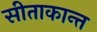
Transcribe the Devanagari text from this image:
सीताकान्त